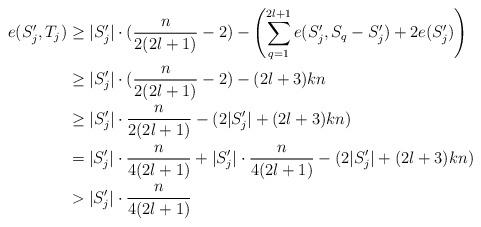
LaTeX: \begin{align*}e(S_j',T_j)&\geq|S_j'|\cdot(\frac{n}{2(2l+1)}-2)-\left(\sum\limits_{q=1}^{2l+1}e(S_j',S_q-S_j')+2e(S_j')\right)\\&\geq|S_j'|\cdot(\frac{n}{2(2l+1)}-2)-(2l+3)kn\\&\geq|S_j'|\cdot\frac{n}{2(2l+1)}-(2|S_j'|+(2l+3)kn)\\&=|S_j'|\cdot\frac{n}{4(2l+1)}+|S_j'|\cdot\frac{n}{4(2l+1)}-(2|S_j'|+(2l+3)kn)\\&>|S_j'|\cdot \frac{n}{4(2l+1)}\end{align*}